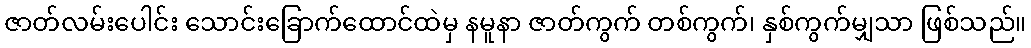
ဇာတ်လမ်းပေါင်း သောင်းခြောက်ထောင်ထဲမှ နမူနာ ဇာတ်ကွက် တစ်ကွက်၊ နှစ်ကွက်မျှသာ ဖြစ်သည်။